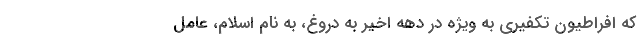
که افراطیون تکفیری به ویژه در دهه اخیر به دروغ، به نام اسلام، عامل